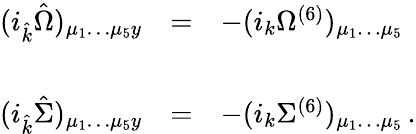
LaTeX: \begin{array}{rcl}{{(i_{\hat{k}}{\hat{\Omega}})_{\mu_{1}\dots\mu_{5}y}}}&{{=}}&{{-(i_{k}\Omega^{(6)})_{\mu_{1}\dots\mu_{5}}}}\\ {{}}&{{}}&{{}}\\ {{(i_{\hat{k}}{\hat{\Sigma}})_{\mu_{1}\dots\mu_{5}y}}}&{{=}}&{{-(i_{k}\Sigma^{(6)})_{\mu_{1}\dots\mu_{5}}\, .}}\end{array}